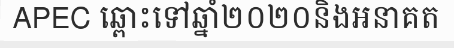
APEC ឆ្ពោះទៅឆ្នាំ២០២០និងអនាគត